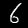
Digit: 6